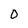
Character: 0